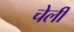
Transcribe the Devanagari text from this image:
चेर्ली